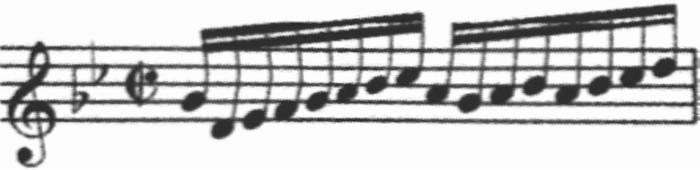
Transcription: clef-G1 keySignature-BbM timeSignature-C/ note-Bb4_sixteenth note-F4_sixteenth note-G4_sixteenth note-A4_sixteenth note-Bb4_sixteenth note-C5_sixteenth note-D5_sixteenth note-Eb5_sixteenth note-C5_sixteenth note-Bb4_sixteenth note-C5_sixteenth note-D5_sixteenth note-C5_sixteenth note-D5_sixteenth note-Eb5_sixteenth note-F5_sixteenth barline